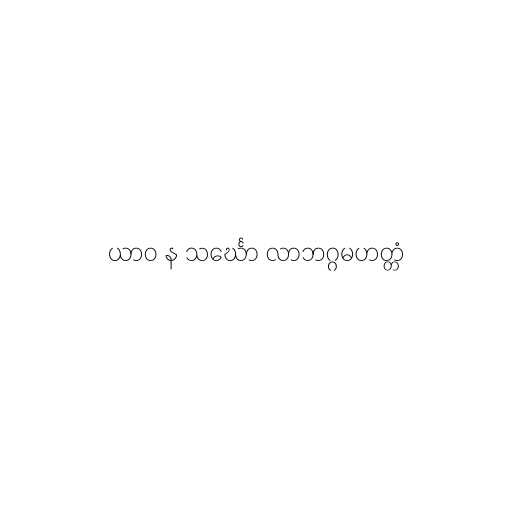
ယာဝ န သင်္ဃော လာဘဂ္ဂမဟတ္တံ